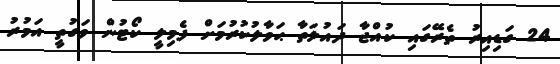
24 ގަޑިއިރު ތެރޭގައި ކުއްޖާ ދައުލަތާ ޙަވާލުކުރުމަށް ފެމިލީ ކޯޓުން ވަގުތީ އަމުރު